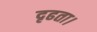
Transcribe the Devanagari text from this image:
दृढता।